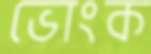
ভোংক